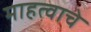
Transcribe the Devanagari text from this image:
माहत्वाचे